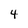
Character: 4